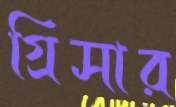
গ্রিসার